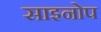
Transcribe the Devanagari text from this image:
साइनोप